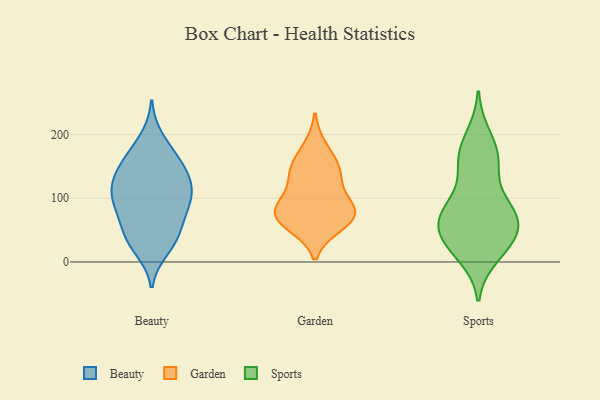
{"axis": {"x": "Conversion Rate (%)", "y": "Value"}, "legend": ["Beauty", "Garden", "Sports"], "data": [{"x": "", "y": 111, "type": "Beauty"}, {"x": "", "y": 36, "type": "Beauty"}, {"x": "", "y": 88, "type": "Beauty"}, {"x": "", "y": 161, "type": "Beauty"}, {"x": "", "y": 118, "type": "Beauty"}, {"x": "", "y": 131, "type": "Beauty"}, {"x": "", "y": 110, "type": "Beauty"}, {"x": "", "y": 41, "type": "Beauty"}, {"x": "", "y": 20, "type": "Beauty"}, {"x": "", "y": 31, "type": "Beauty"}, {"x": "", "y": 170, "type": "Beauty"}, {"x": "", "y": 150, "type": "Beauty"}, {"x": "", "y": 194, "type": "Beauty"}, {"x": "", "y": 83, "type": "Beauty"}, {"x": "", "y": 123, "type": "Beauty"}, {"x": "", "y": 95, "type": "Beauty"}, {"x": "", "y": 77, "type": "Beauty"}, {"x": "", "y": 148, "type": "Beauty"}, {"x": "", "y": 57, "type": "Beauty"}, {"x": "", "y": 147, "type": "Garden"}, {"x": "", "y": 103, "type": "Garden"}, {"x": "", "y": 140, "type": "Garden"}, {"x": "", "y": 141, "type": "Garden"}, {"x": "", "y": 84, "type": "Garden"}, {"x": "", "y": 65, "type": "Garden"}, {"x": "", "y": 66, "type": "Garden"}, {"x": "", "y": 83, "type": "Garden"}, {"x": "", "y": 78, "type": "Garden"}, {"x": "", "y": 58, "type": "Garden"}, {"x": "", "y": 179, "type": "Garden"}, {"x": "", "y": 49, "type": "Sports"}, {"x": "", "y": 81, "type": "Sports"}, {"x": "", "y": 156, "type": "Sports"}, {"x": "", "y": 30, "type": "Sports"}, {"x": "", "y": 81, "type": "Sports"}, {"x": "", "y": 84, "type": "Sports"}, {"x": "", "y": 29, "type": "Sports"}, {"x": "", "y": 22, "type": "Sports"}, {"x": "", "y": 85, "type": "Sports"}, {"x": "", "y": 159, "type": "Sports"}, {"x": "", "y": 10, "type": "Sports"}, {"x": "", "y": 51, "type": "Sports"}, {"x": "", "y": 148, "type": "Sports"}, {"x": "", "y": 64, "type": "Sports"}, {"x": "", "y": 197, "type": "Sports"}, {"x": "", "y": 178, "type": "Sports"}, {"x": "", "y": 62, "type": "Sports"}]}